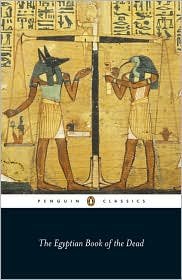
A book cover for The Egyptian Book of the Dead Publisher: Penguin Classics; Robert P. Winston; Religion & Spirituality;